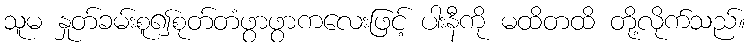
သူမ နှုတ်ခမ်းစူ၍စုတ်တံဖွာဖွာကလေးဖြင့် ပါးနီကို မထိတထိ တို့လိုက်သည်။